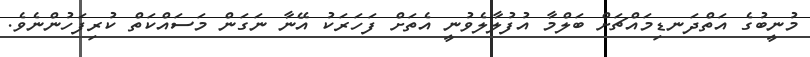
މުނީބުގެ އަތްދަނޑިމައްޗަށް ބަލްމާ އުފުލާލެވުނީ އެތަށް ފަހަރަކު އޭނާ ނަގަން މަސައްކަތް ކުރިފަހުންނެވެ.